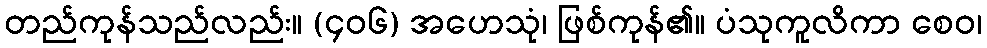
တည်ကုန်သည်လည်း။ (၄၀၆) အဟေသုံ၊ ဖြစ်ကုန်၏။ ပံသုကူလိကာ စေဝ၊